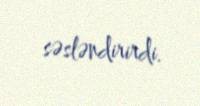
səsləndirirdi.